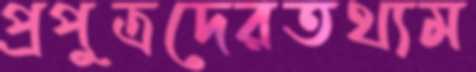
প্রপুত্রদেরতথ্যম